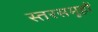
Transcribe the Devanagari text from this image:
स्तरसमूहों